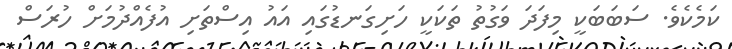
ކަމެކެވެ. ސަބަބަކީ މިފަދަ ވަގުތު ތަކަކީ ހަށިގަނޑުގައި އައު އިސްތަށި އުފެއްދުމަށް ހުރަސް